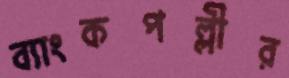
ব্যাংকপল্লীর